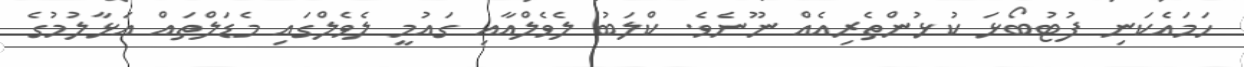
ހަމައެކަނި ފުޓުބޯޅަ ކުޅުންތެރިއެއް ނޫނެވެ. ކްލަބު ލެވެލްއާއި ގައުމީ ލެވެލްގައި މެޑަލްތައް އަޅާލުމުގެ